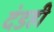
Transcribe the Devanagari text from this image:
दंडही